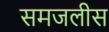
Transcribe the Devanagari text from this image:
समजलीस